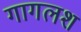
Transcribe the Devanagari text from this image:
गागलश